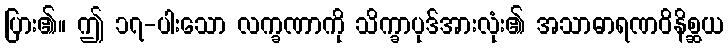
ပြား၏။ ဤ ၁၇-ပါးသော လက္ခဏာကို သိက္ခာပုဒ်အားလုံး၏ အသာဓာရဏဝိနိစ္ဆယ